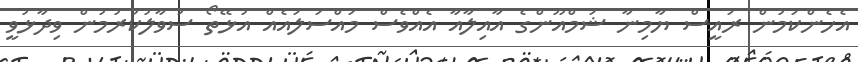
އެހެންކަމުން ރައީސް ޔާމިނާ ޝަމްއޫންގެ އާއިލާއާ އެއްވެސް މައްސަލައެއް އުޅޭތޯ ސުވާލުކުރުމުން ވިދާޅުވީ